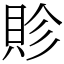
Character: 䝩